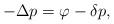
LaTeX: \begin{align*}\aligned-\Delta p = \varphi - \delta p,\endaligned\end{align*}